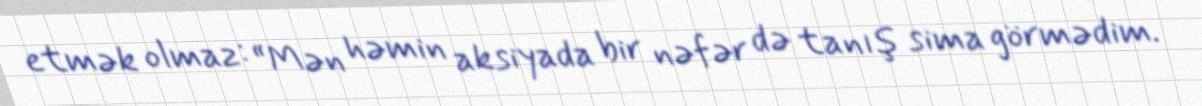
etmək olmaz: “Mən həmin aksiyada bir nəfər də tanış sima görmədim.